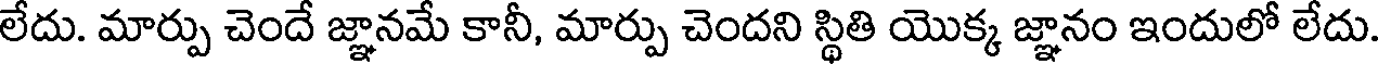
లేదు. మార్పు చెందే జ్ఞానమే కానీ, మార్పు చెందని స్థితి యొక్క జ్ఞానం ఇందులో లేదు.